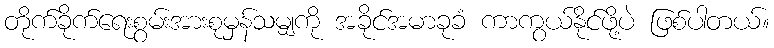
တိုက်ခိုက်ရေးစွမ်းအားစုမှန်သမျှကို အခိုင်အမာခုခံ ကာကွယ်နိုင်ဖို့ပဲ ဖြစ်ပါတယ်။